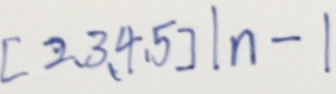
[ 2 , 3 , 4 , 5 ] \vert n - \vert